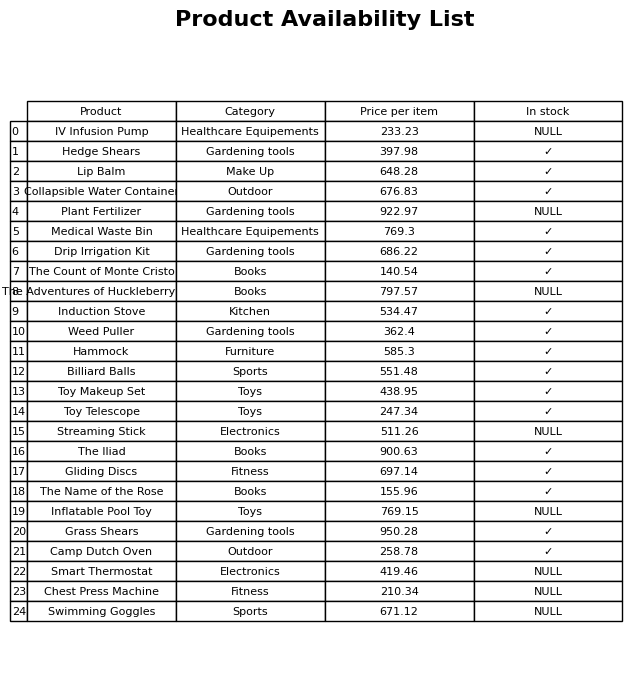
question: Is the Induction Stove in stock?
answer: ✓